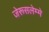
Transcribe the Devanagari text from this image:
जेरूसलेम्मे